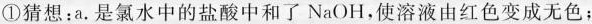
①猜想：a.是氯水中的盐酸中和了NaOH，使溶液由红色变成无色；